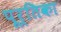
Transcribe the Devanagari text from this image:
पूर्तिका